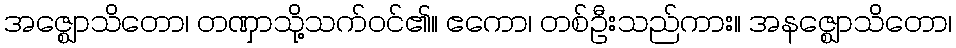
အဇ္ဈောသိတော၊ တဏှာသို့သက်ဝင်၏။ ဧကော၊ တစ်ဦးသည်ကား။ အနဇ္ဈောသိတော၊